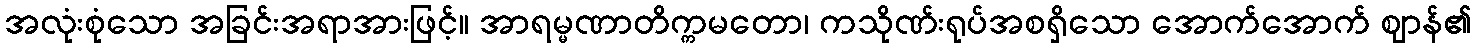
အလုံးစုံသော အခြင်းအရာအားဖြင့်။ အာရမ္မဏာတိက္ကမတော၊ ကသိုဏ်းရုပ်အစရှိသော အောက်အောက် ဈာန်၏